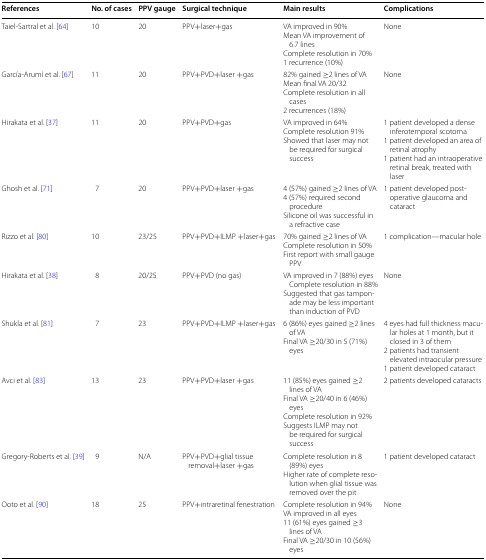
<table><thead><tr><td><b>References</b></td><td><b>No. of cases</b></td><td><b>PPV gauge</b></td><td><b>Surgical technique</b></td><td><b>Main results</b></td><td><b>Complications</b></td></tr></thead><tbody><tr><td>Taiel-Sartral et al. [64]</td><td>10</td><td>20</td><td>PPV+laser+gas</td><td>VA improved in 90%Mean VA improvement of 6.7 linesComplete resolution in 70%1 recurrence (10%)</td><td>None</td></tr><tr><td>García-Arumí et al. [67]</td><td>11</td><td>20</td><td>PPV+PVD+laser +gas</td><td>82% gained ≥2 lines of VAMean final VA 20/32Complete resolution in all cases2 recurrences (18%)</td><td>None</td></tr><tr><td>Hirakata et al. [37]</td><td>11</td><td>20</td><td>PPV+PVD+gas</td><td>VA improved in 64%Complete resolution 91%Showed that laser may not be required for surgical success</td><td>1 patient developed a dense inferotemporal scotoma1 patient developed an area of retinal atrophy1 patient had an intraoperative retinal break, treated with laser</td></tr><tr><td>Ghosh et al. [71]</td><td>7</td><td>20</td><td>PPV+PVD+laser +gas</td><td>4 (57%) gained ≥2 lines of VA4 (57%) required second procedureSilicone oil was successful in a refractive case</td><td>1 patient developed postoperative glaucoma and cataract</td></tr><tr><td>Rizzo et al. [80]</td><td>10</td><td>23/25</td><td>PPV+PVD+ILMP +laser+gas</td><td>70% gained ≥2 lines of VAComplete resolution in 50%First report with small gauge PPV</td><td>1 complication—macular hole</td></tr><tr><td>Hirakata et al. [38]</td><td>8</td><td>20/25</td><td>PPV+PVD (no gas)</td><td>VA improved in 7 (88%) eyes Complete resolution in 88%Suggested that gas tamponade may be less important than induction of PVD</td><td>None</td></tr><tr><td>Shukla et al. [81]</td><td>7</td><td>23</td><td>PPV+PVD+ILMP +laser+gas</td><td>6 (86%) eyes gained ≥2 lines of VAFinal VA ≥20/30 in 5 (71%) eyes</td><td>4 eyes had full thickness macular holes at 1 month, but it closed in 3 of them2 patients had transient elevated intraocular pressure1 patient developed cataract</td></tr><tr><td>Avci et al. [83]</td><td>13</td><td>23</td><td>PPV+PVD+laser +gas</td><td>11 (85%) eyes gained ≥2 lines of VAFinal VA ≥20/40 in 6 (46%) eyesComplete resolution in 92%Suggests ILMP may not be required for surgical success</td><td>2 patients developed cataracts</td></tr><tr><td>Gregory-Roberts et al. [39]</td><td>9</td><td>N/A</td><td>PPV+PVD+glial tissue removal+laser +gas</td><td>Complete resolution in 8 (89%) eyesHigher rate of complete resolution when glial tissue was removed over the pit</td><td>1 patient developed cataract</td></tr><tr><td>Ooto et al. [90]</td><td>18</td><td>25</td><td>PPV+intraretinal fenestration</td><td>Complete resolution in 94%VA improved in all eyes11 (61%) eyes gained ≥3 lines of VAFinal VA ≥20/30 in 10 (56%) eyes</td><td>None</td></tr></tbody></table>